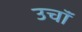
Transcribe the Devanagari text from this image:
उचॉं